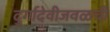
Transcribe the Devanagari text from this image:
दुर्गादेवीजवळची